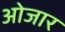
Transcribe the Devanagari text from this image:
ओजार